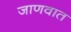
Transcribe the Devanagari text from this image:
जाणवात